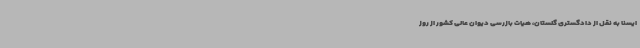
ایسنا به نقل از دادگستری‌ گلستان، هیات بازرسی دیوان عالی کشور از روز